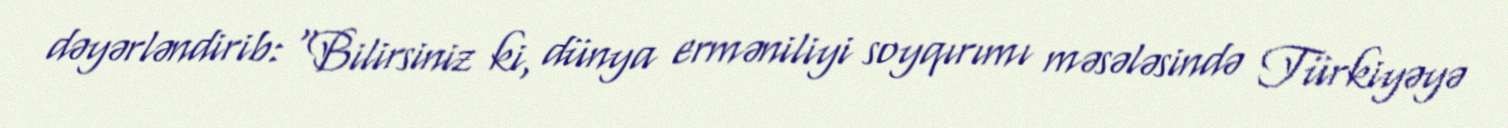
dəyərləndirib: “Bilirsiniz ki, dünya erməniliyi soyqırımı məsələsində Türkiyəyə